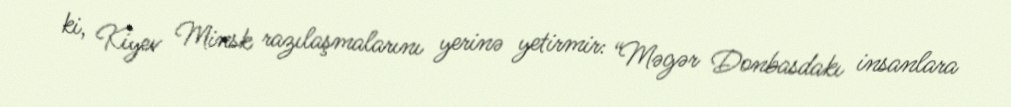
ki, Kiyev Minsk razılaşmalarını yerinə yetirmir: “Məgər Donbasdakı insanlara